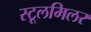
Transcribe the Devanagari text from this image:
स्टूलमिलर